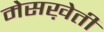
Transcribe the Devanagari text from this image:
मेसख़ेती